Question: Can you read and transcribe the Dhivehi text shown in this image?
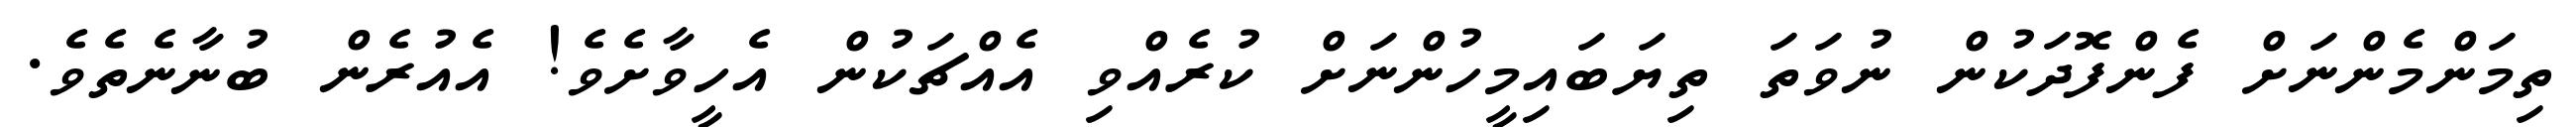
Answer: ތިމަންމެންނަށް ފެންފޮދަކުން ނުވަތަ ތިޔަބައިމީހުންނަށް ކުރެއްވި އެއްޗަކުން އެހީވާށެވެ! އެއުރެން ބުނާނެތެވެ.